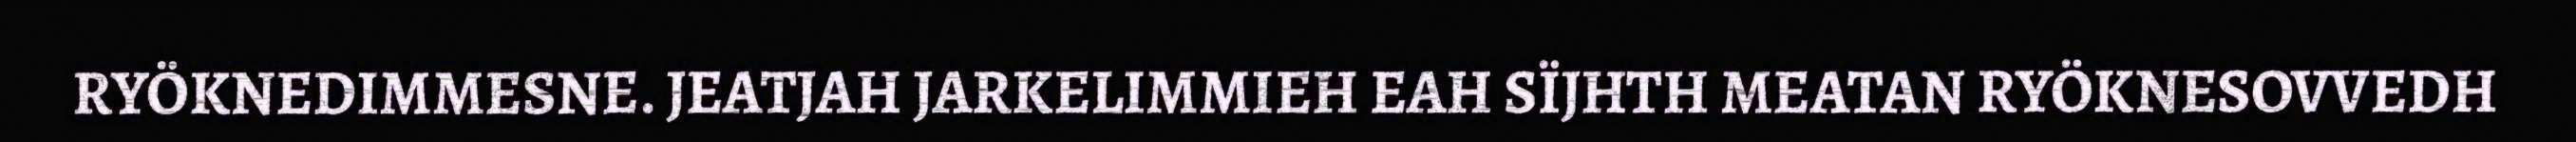
RYÖKNEDIMMESNE. JEATJAH JARKELIMMIEH EAH SÏJHTH MEATAN RYÖKNESOVVEDH